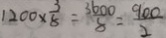
1 2 0 0 \times \frac { 3 } { 8 } = \frac { 3 6 0 0 } { 8 } = \frac { 9 0 0 } { 2 }